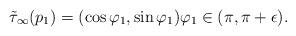
LaTeX: \begin{align*} \tilde\tau_\infty(p_1) = (\cos\varphi_1,\sin\varphi_1) \varphi_1\in (\pi,\pi + \epsilon). \end{align*}